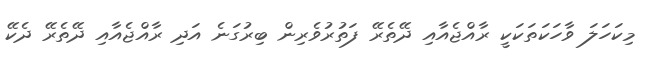
މިކަހަލަ ވާހަކަތަކަކީ ރާއްޖެއާއި ދޭތެރޭ ފަތުރުވެރިން ބިރުގަނެ އަދި ރާއްޖެއާއި ދޭތެރޭ ދެކޭ